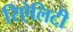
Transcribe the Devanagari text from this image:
रिऐलिटी